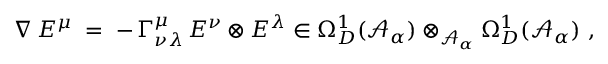
\nabla \, E ^ { \mu } \; = \; - \, \Gamma _ { \nu \lambda } ^ { \mu } \, E ^ { \nu } \otimes E ^ { \lambda } \in \Omega _ { D } ^ { 1 } ( { \mathcal A } _ { \alpha } ) \otimes _ { { \mathcal A } _ { \alpha } } \Omega _ { D } ^ { 1 } ( { \mathcal A } _ { \alpha } ) \ ,